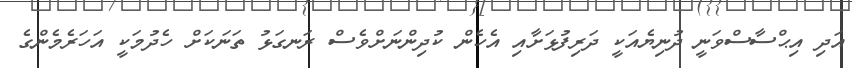
އަދި އިޙްސާސްވަނީ ދުނިޔެއަކީ ދަރިފުޅަށާއި އެހެން ކުދިންނަށްވެސް ރަނގަޅު ތަނަކަށް ހެދުމަކީ އަހަރެމެންގެ